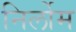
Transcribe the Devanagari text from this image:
निर्लोम